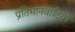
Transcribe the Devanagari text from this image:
प्रतिभानवादियों